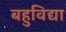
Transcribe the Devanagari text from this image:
बहुविद्या